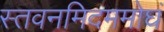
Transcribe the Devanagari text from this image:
स्तवनमिदममोघं